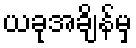
ယခုအချိန်မှ